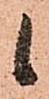
候